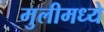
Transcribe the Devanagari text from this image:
मुलीमध्ये